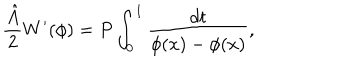
\frac { { \hat { A } } } { 2 } W ^ { \prime } ( \phi ) = P \int _ { 0 } ^ { 1 } \frac { d t } { \phi ( x ) - \phi ( x ) } ,